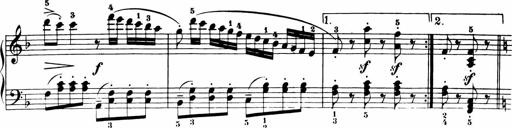
Title: 11 Sonatinas for Piano Solo
Composer: Anton Diabelli